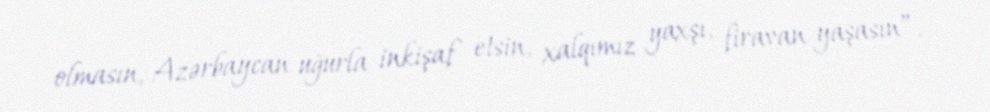
olmasın, Azərbaycan uğurla inkişaf etsin, xalqımız yaxşı, firavan yaşasın”.